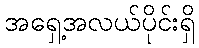
အရှေ့အလယ်ပိုင်းရှိ